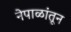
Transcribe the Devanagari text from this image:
नेपाळांतून